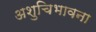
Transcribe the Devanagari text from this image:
अशुचिभावना